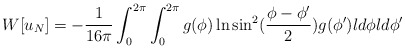
\begin{align*}W[u_N]=-{1\over 16\pi}\int_0^{2\pi}\int_0^{2\pi}g(\phi )\ln \sin^2({\phi-\phi '\over 2}) g(\phi ') ld\phi ld\phi '\end{align*}